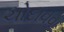
ચોદાવવા